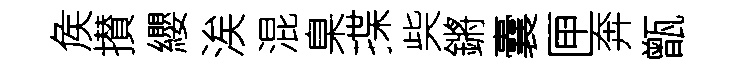
矦攅纓涘混臬揲柴鏘囊匣奔甑